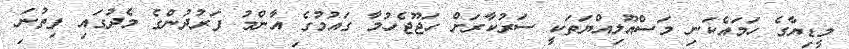
މީޑިޔާގެ ހަމައެކަނި މަސްއޫލިއްޔަތަކީ ސަރުކާރަށް ހަޖޫޖެހުމާ ގައުމުގެ އާންމު ފަރުދުންގެ މެދުގައި ފިތުނަ